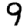
Digit: 9